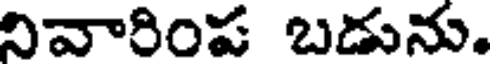
నివారింప బడును.